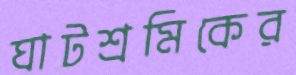
ঘাটশ্রমিকের